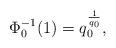
LaTeX: \begin{align*}\Phi^{-1}_0(1)=q_0^\frac1{q_0},\end{align*}